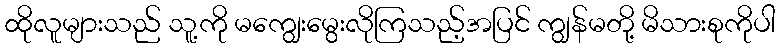
ထိုလူများသည် သူ့ကို မကျွေးမွေးလိုကြသည့်အပြင် ကျွန်မတို့ မိသားစုကိုပါ